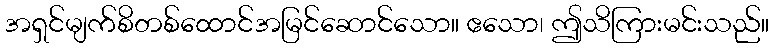
အရှင်မျက်စိတစ်ထောင်အမြင်ဆောင်သော။ ဧသော၊ ဤသိကြားမင်းသည်။